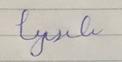
Signature authenticity: forged